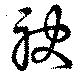
駃